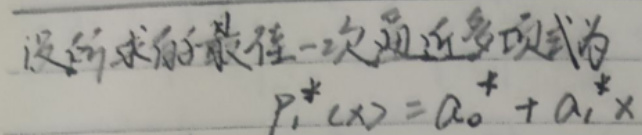
设所求的最佳一次逼近多项式为
\[
P_1^*(x)=a_0^* + a_1^*x
\]